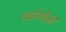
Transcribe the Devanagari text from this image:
वर्दायीनी